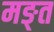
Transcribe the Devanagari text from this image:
मङ्त